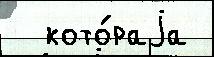
  кото́раjа